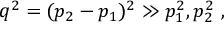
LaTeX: q ^ { 2 } = ( p _ { 2 } - p _ { 1 } ) ^ { 2 } \gg p _ { 1 } ^ { 2 } , p _ { 2 } ^ { 2 } ~ ,